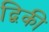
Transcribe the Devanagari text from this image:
द्विकी